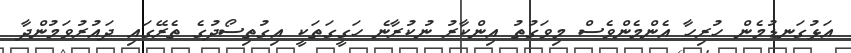
އަޅުގަނޑުމެން ހުރިހާ އެންމެންވެސް މިވަގުތު އިންކާރު ނުކުރާނެ ހަގީގަތަކީ އިގުތިސޯދުގެ ތެރޭގައި ދައުރުވަމުންދާ